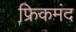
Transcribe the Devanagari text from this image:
फ्रिकमंद